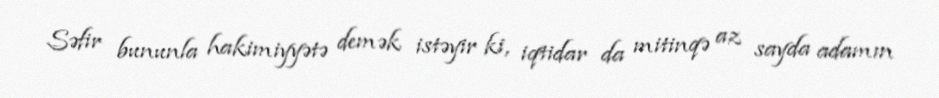
Səfir bununla hakimiyyətə demək istəyir ki, iqtidar da mitinqə az sayda adamın